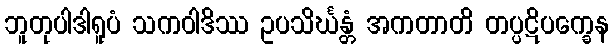
ဘူတုပါဒါရူပံ သကဝါဒိဿ ဥပသိင်္ဃန္တံ အကတာတိ တပ္ပဋိပက္ခေန